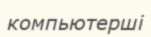
компьютерші